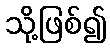
သို့ဖြစ်၍